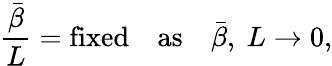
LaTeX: {\frac{\bar{\beta}}{L}}=\mathrm{fixed~~~~as}\quad{\bar{\beta}},~L\rightarrow 0,